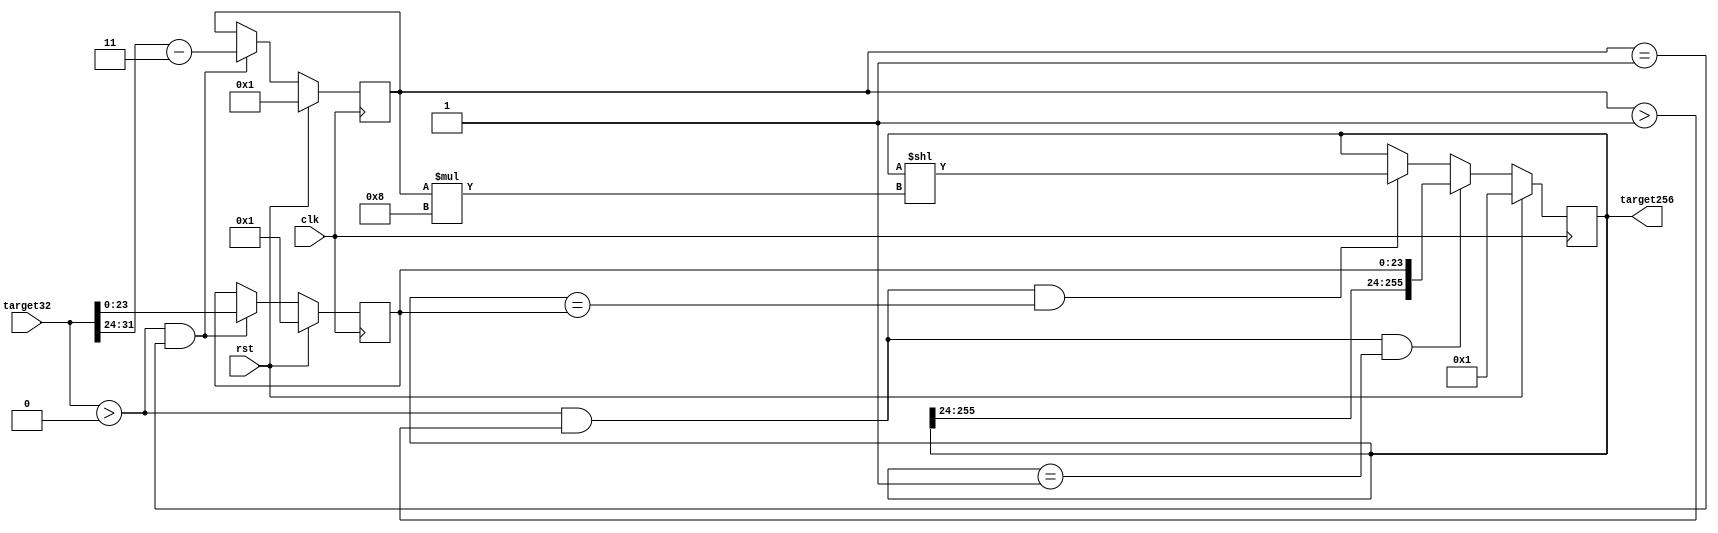
module current_target(
    input clk,
    input rst,
    input [31:0] target32,
    output reg [255:0] target256
    );
    
    reg [7:0] exponent;
    reg [23:0] mantissa;
    
    always @(posedge clk)begin
        if(rst)begin
            exponent <= 1;
            mantissa <= 1;
        end
        else if((target32 > 0) && (exponent == 1))begin
            exponent <= target32[31:24] - 2'h03;
            mantissa <= target32[23:0];    
        end
        /*else if(exponent > 1)
            exponent <= 1;*/ 
    end
    
    always @(posedge clk)begin
        if(rst)
            target256 <= 1;
        else if((target32 > 0) && (exponent > 1) && (target256 == 1))begin
            target256 <= {target256[255:24],mantissa[23:0]};
        end    
        else if((target32 > 0) && (exponent > 1) && (target256 == mantissa))begin
            target256 <= target256 << (exponent*8);
        end
        /*else if(exponent == 3)
            target256 <= target256 * mantissa;*/
    end
endmodule